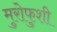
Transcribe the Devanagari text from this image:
मुरोफुशी